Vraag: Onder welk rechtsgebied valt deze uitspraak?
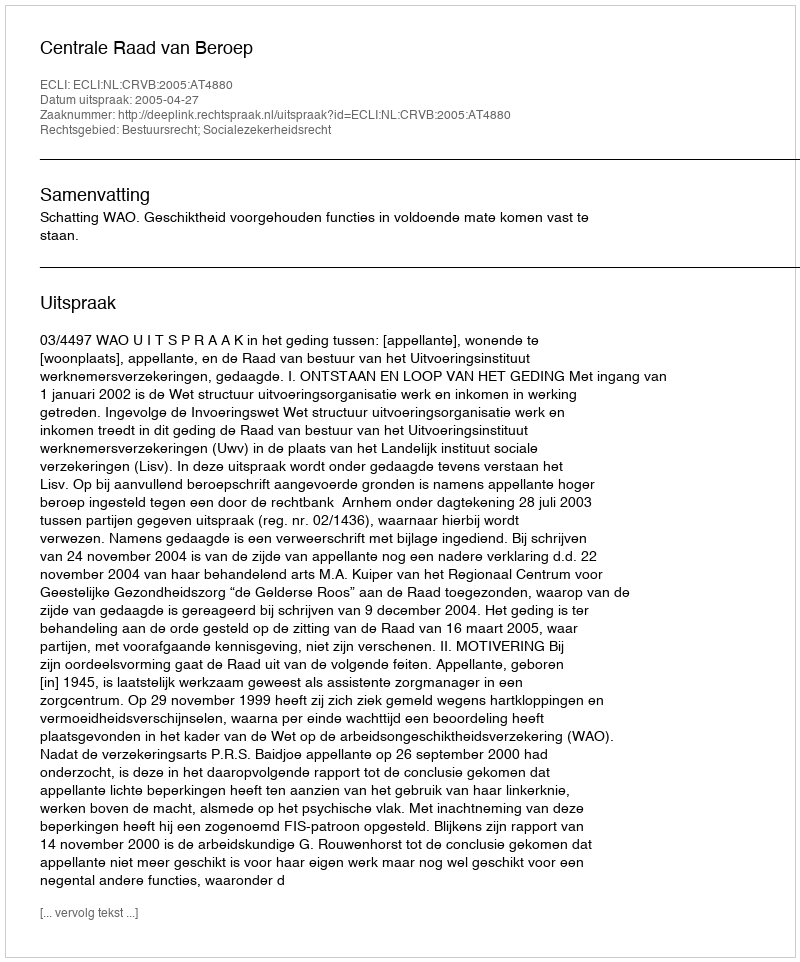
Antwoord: Bestuursrecht; Socialezekerheidsrecht